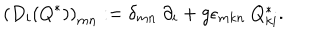
\left( D _ { i } ( Q ^ { \ast } ) \right) _ { m n } : = \delta _ { m n } \ \partial _ { i } + g \epsilon _ { m k n } \ Q _ { k i } ^ { \ast } .